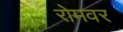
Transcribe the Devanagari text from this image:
रोमवर